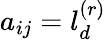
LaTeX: a_{ij}=l_{d}^{(r)}